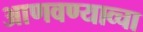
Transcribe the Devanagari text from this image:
आणवण्याव्चा